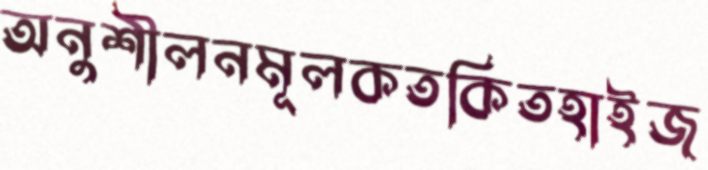
অনুশীলনমূলকতকিতহাইজ